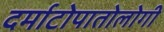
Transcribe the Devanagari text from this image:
दर्माटोपातोलोगी